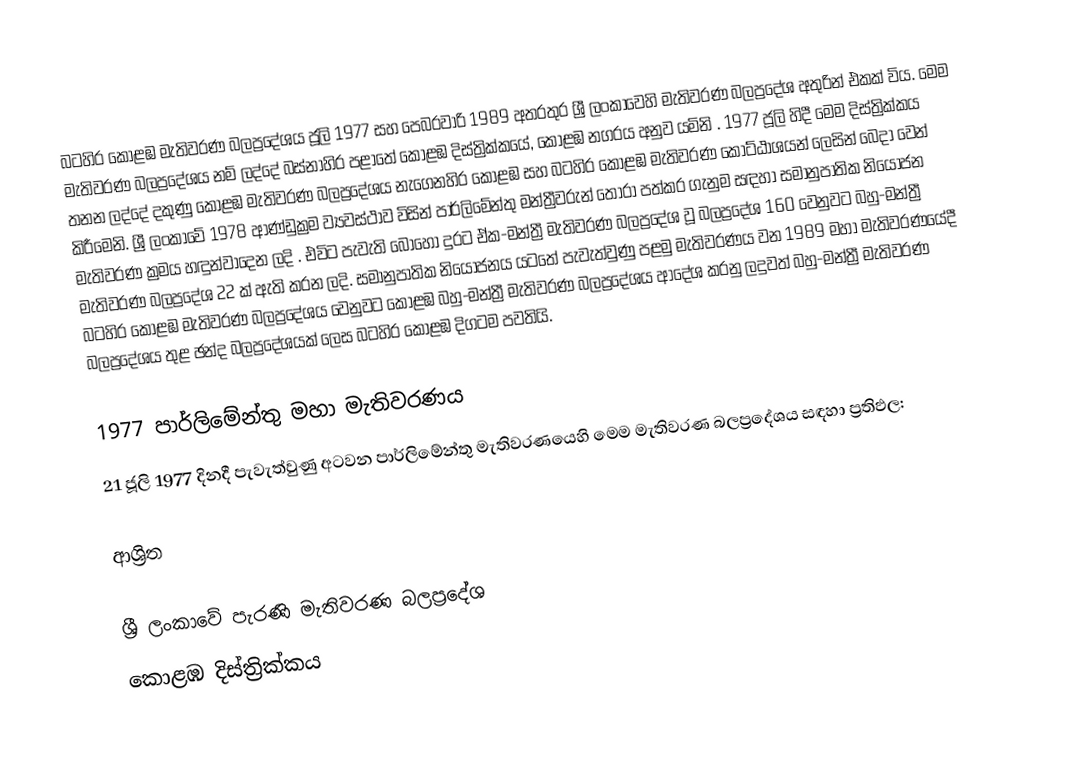
බටහිර කොළඹ මැතිවරණ බලප්‍රදේශය  ජූලි  1977 සහ පෙබරවාරි 1989 අතරතුර  ශ්‍රී ලංකාවෙහි  මැතිවරණ බලප්‍රදේශ අතුරින් එකක් විය. මෙම මැතිවරණ බලප්‍රදේශය නම් ලද්දේ  බස්නාහිර පළාතේ  කොළඹ දිස්ත්‍රික්කයේ,  කොළඹ නගරය අනුව යමිනි . 1977 ජූලි හිදී මෙම දිස්ත්‍රික්කය තනන ලද්දේ දකුණු කොළඹ මැතිවරණ බලප්‍රදේශය නැගෙනහිර කොළඹ සහ බටහිර කොළඹ මැතිවරණ කොට්ඨාශයන් ලෙසින් බෙදා වෙන් කිරීමෙනි. ශ්‍රී ලංකාවේ 1978 ආණ්ඩුක්‍රම ව්‍යවස්ථාව විසින්   පාර්ලිමේන්තු මන්ත්‍රීවරුන් තෝරා පත්කර ගැනුම සඳහා සමානුපාතික නියෝජන මැතිවරණ ක්‍රමය හඳුන්වාදෙන ලදි . එවිට පැවැති බොහෝ දුරට  ඒක-මන්ත්‍රී මැතිවරණ බලප්‍රදේශ වූ බලප්‍රදේශ 160 වෙනුවට බහු-මන්ත්‍රී මැතිවරණ බලප්‍රදේශ 22 ක් ඇති කරන ලදි. සමානුපාතික නියෝජනය යටතේ පැවැත්වුණු පළමු මැතිවරණය වන 1989 මහා මැතිවරණයේදී  බටහිර කොළඹ මැතිවරණ බලප්‍රදේශය වෙනුවට  කොළඹ බහු-මන්ත්‍රී මැතිවරණ බලප්‍රදේශය  ආදේශ කරනු ලදුවත් බහු-මන්ත්‍රී මැතිවරණ බලප්‍රදේශය තුළ ඡන්ද බලප්‍රදේශයක් ලෙස බටහිර කොළඹ දිගටම පවතියි.

1977 පාර්ලිමේන්තු මහා මැතිවරණය
21 ජූලි 1977 දිනදී පැවැත්වුණු  අටවන පාර්ලිමේන්තු මැතිවරණයෙහි මෙම මැතිවරණ බලප්‍රදේශය සඳහා ප්‍රතිඵල:

ආශ්‍රිත

ශ්‍රී ලංකාවේ පැරණි මැතිවරණ බලප්‍රදේශ
 කොළඹ දිස්ත්‍රික්කය